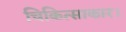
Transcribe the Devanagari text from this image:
चिकित्साकार।